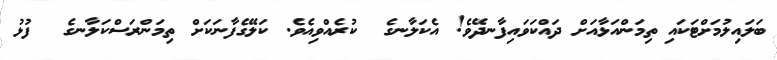
ބަލައިލުމަށްޓަކައި ތިމަންއަޅާއަށް ދައްކަވައިފާނދޭވެ! އެކަލާނގެ  ކުރެއްވިއެވެ. ކަލޭގެފާނަކަށް ތިމަންރަސްކަލާނގެ  ފުޅު